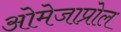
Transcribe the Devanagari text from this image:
ओमेजाप्रोल